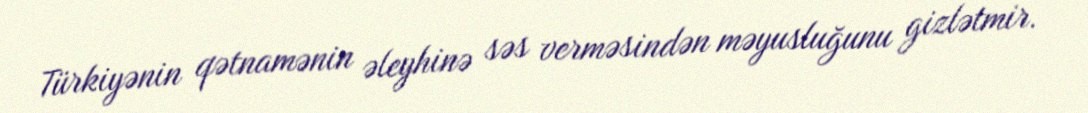
Türkiyənin qətnamənin əleyhinə səs verməsindən məyusluğunu gizlətmir.